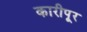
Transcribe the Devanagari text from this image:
कारीपूर